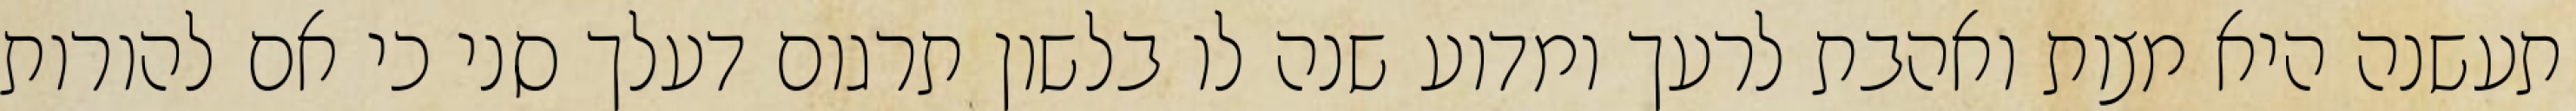
תעשנה היא מצות ואהבת לרעך ומדוע שנה לו בלשון תרגום דעלך סני כי אם להורות